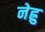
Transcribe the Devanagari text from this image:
नेह्रु